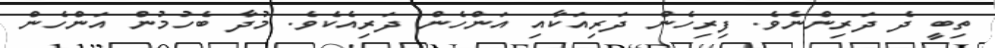
ތިބީ ދެ ދަރިންނެވެ. ފިރިހެން ދަރިއަކާއި އަންހެން ދަރިއެކެވެ. މުދާ ބެހުމުން އަންހެން